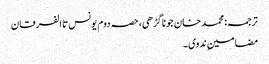
ترجمہ: محمد خان جوناگڑھی، حصہ دوم یونس تا الفرقان
مضامینِ ندوی ۔